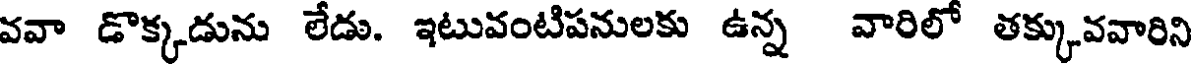
వవా డొక్కడును లేడు. ఇటువంటిపనులకు ఉన్న వారిలో తక్కువవారిని